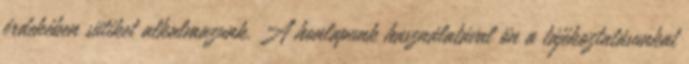
érdekében sütiket alkalmazunk. A honlapunk használatával ön a tájékoztatásunkat